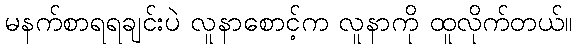
မနက်စာရရချင်းပဲ လူနာစောင့်က လူနာကို ထူလိုက်တယ်။